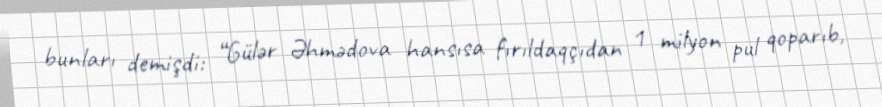
bunları demişdi: “Gülər Əhmədova hansısa fırıldaqçıdan 1 milyon pul qoparıb,